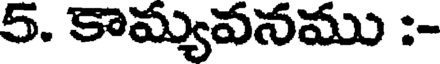
5. కామ్యవనము :-